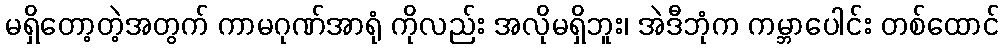
မရှိတော့တဲ့အတွက် ကာမဂုဏ်အာရုံ ကိုလည်း အလိုမရှိဘူး၊ အဲဒီဘုံက ကမ္ဘာပေါင်း တစ်ထောင်